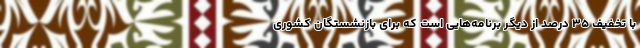
با تخفیف ۳۵ درصد از دیگر برنامه‌هایی است که برای بازنشستگان کشوری